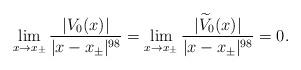
LaTeX: \begin{align*}\lim_{x\rightarrow x_\pm}\frac{ \vert V_0(x)\vert}{\vert x-x_\pm\vert^{98}}=\lim_{x\rightarrow x_\pm}\frac{ \vert \widetilde V_0(x)\vert}{\vert x-x_\pm\vert^{98}}=0.\end{align*}